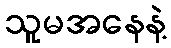
သူမအနေနဲ့